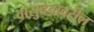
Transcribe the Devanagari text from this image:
वासुदेवावरील